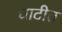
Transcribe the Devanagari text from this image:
घाटीत